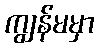
ကျွန်မမှာ